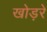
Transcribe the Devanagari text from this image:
खोड़रे